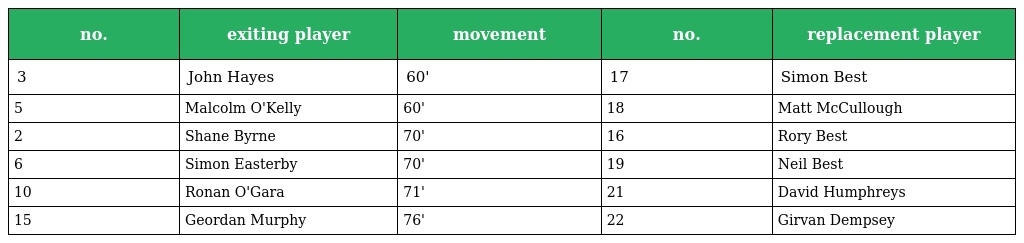
| no. | exiting player | movement | no. | replacement player |
 | --- | --- | --- | --- | --- |
 | 3 | John Hayes | 60' | 17 | Simon Best |
 | 5 | Malcolm O'Kelly | 60' | 18 | Matt McCullough |
 | 2 | Shane Byrne | 70' | 16 | Rory Best |
 | 6 | Simon Easterby | 70' | 19 | Neil Best |
 | 10 | Ronan O'Gara | 71' | 21 | David Humphreys |
 | 15 | Geordan Murphy | 76' | 22 | Girvan Dempsey |